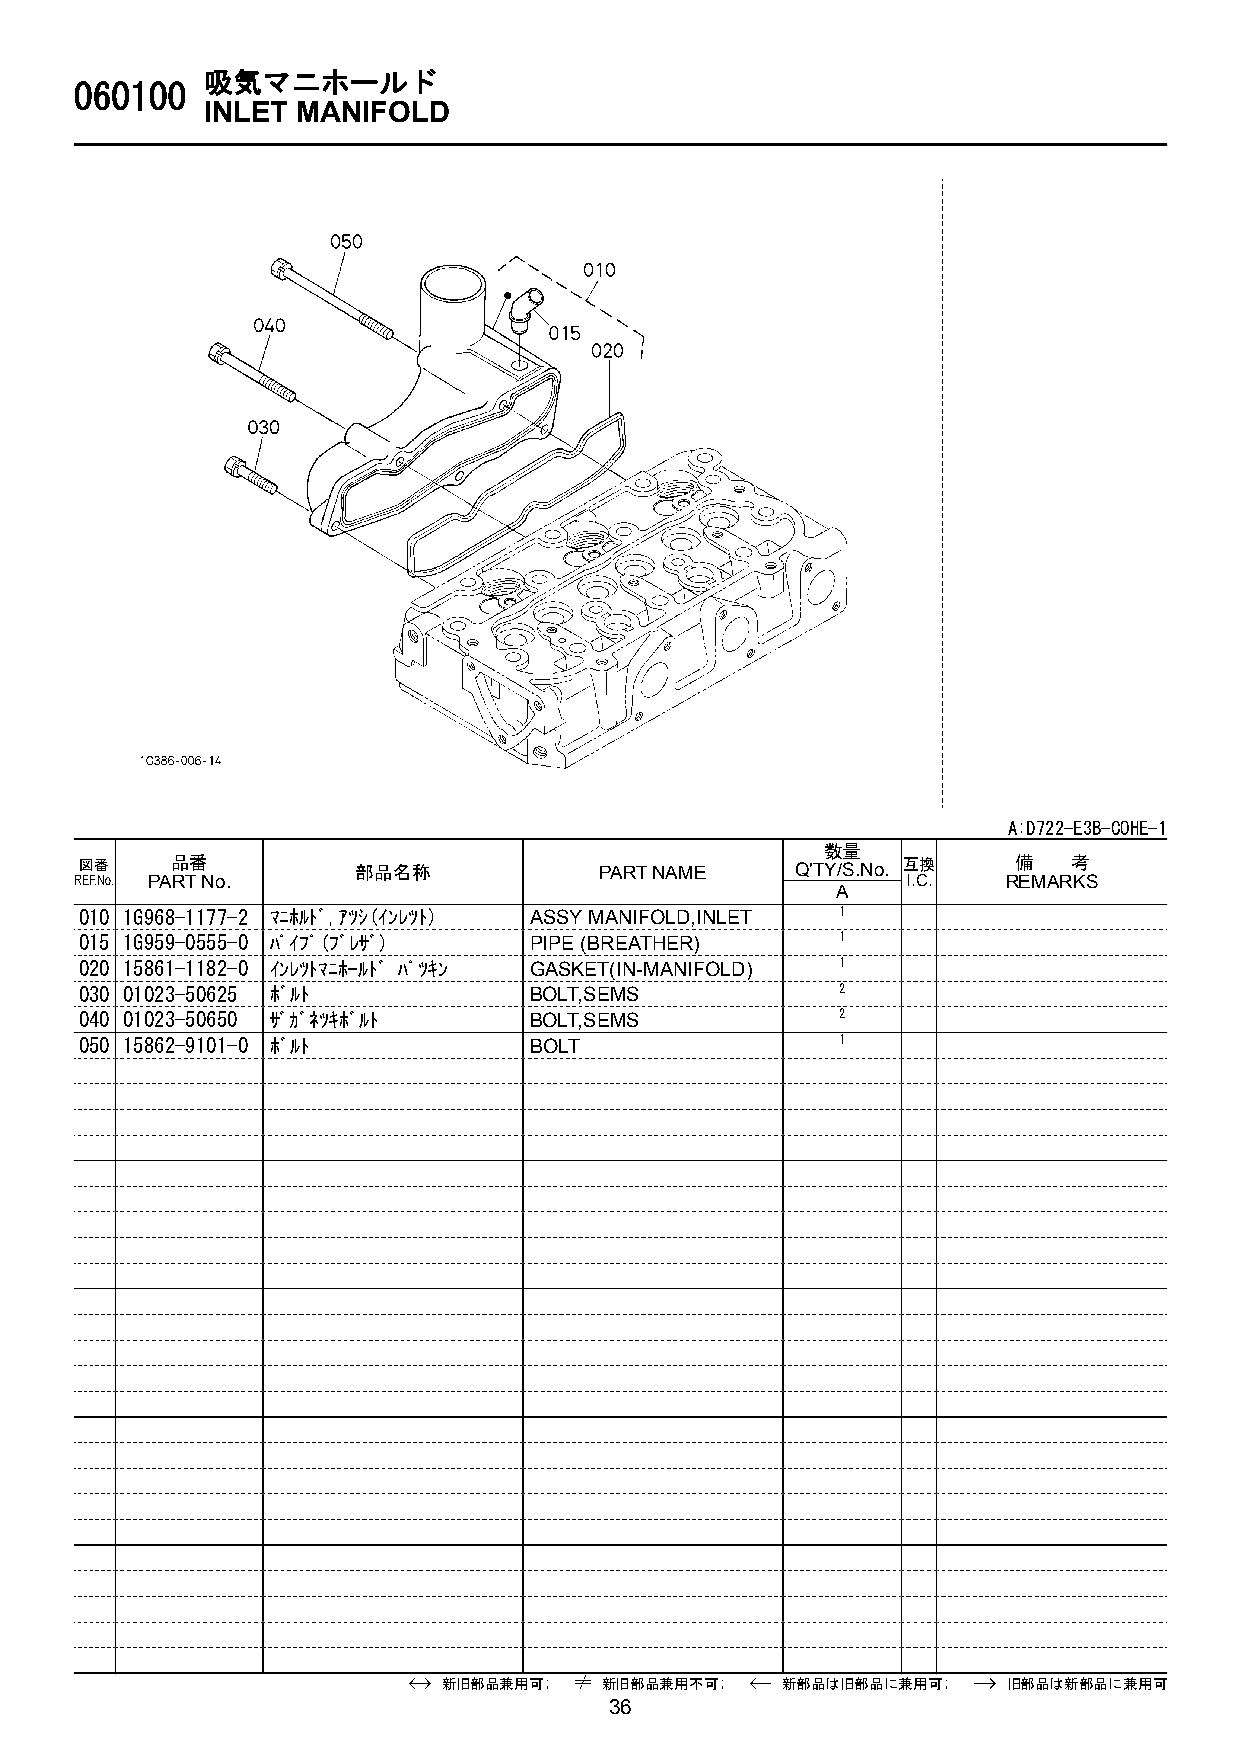
吸気マニホールド
 060100
 INLET  MANIFOLD
 A:D722-E3B-COHE-1
 数量
 図番    品番           部品名称            PART NAME    Q'TY/S.No. 互換 備   考
 REF.No. PART No.                                       I.C.   REMARKS
 A
 010 1G968-1177-2 ﾏﾆﾎﾙﾄﾞ,ｱﾂｼ(ｲﾝﾚﾂﾄ) ASSY MANIFOLD,INLET 1
 015 1G959-0555-0 ﾊﾟｲﾌﾟ(ﾌﾞﾚｻﾞ) PIPE (BREATHER)      1
 020 15861-1182-0 ｲﾝﾚﾂﾄﾏﾆﾎ-ﾙﾄﾞ ﾊﾟﾂｷﾝ GASKET(IN-MANIFOLD) 1
 030 01023-50625 ﾎﾞﾙﾄ          BOLT,SEMS            2
 040 01023-50650 ｻﾞｶﾞﾈﾂｷﾎﾞﾙﾄ   BOLT,SEMS            2
 050 15862-9101-0 ﾎﾞﾙﾄ         BOLT                 1
 新旧部品兼用可;   新旧部品兼用不可;   新部品は旧部品に兼用可;   旧部品は新部品に兼用可
 36